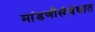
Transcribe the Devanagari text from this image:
मांडणीसंबंधात